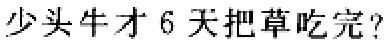
多少头牛才6天把草吃完？